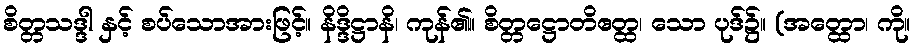
စိတ္တသဒ္ဒါ နှင့် စပ်သောအားဖြင့်။ နိဒ္ဒိဋ္ဌာနိ၊ ကုန်၏။ စိတ္တဋ္ဌောတိဧတ္ထ၊ သော ပုဒ်၌။ (အတ္ထော၊ ကို။